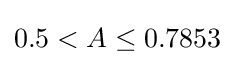
0.5<A\leq 0.7853